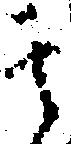
其